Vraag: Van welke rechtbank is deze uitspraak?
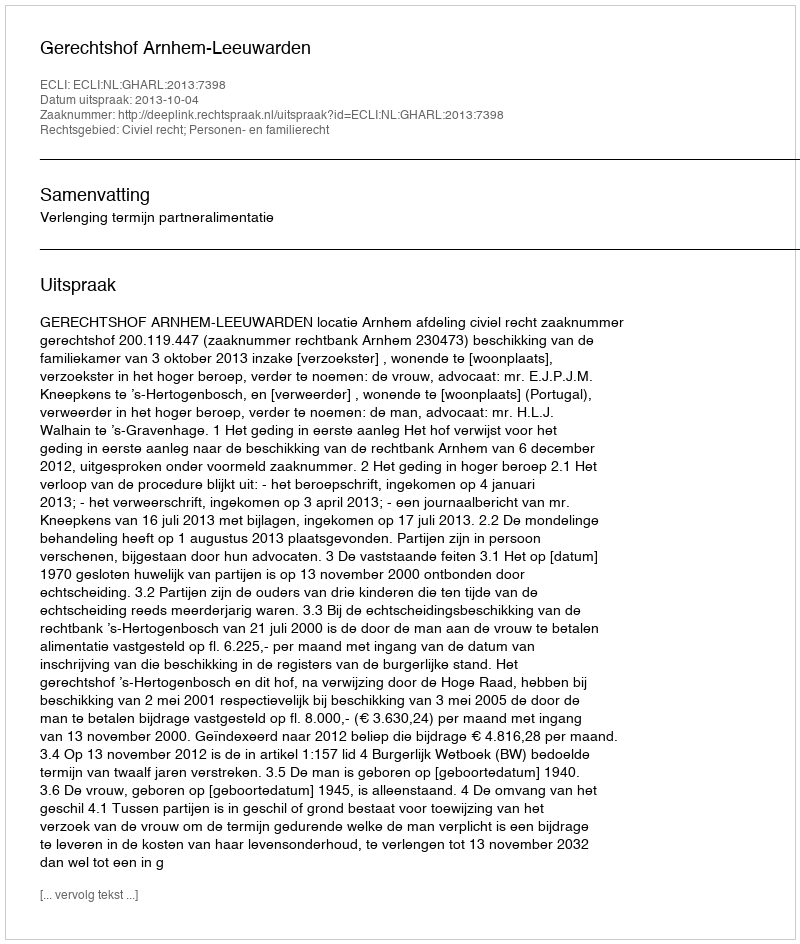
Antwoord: Gerechtshof Arnhem-Leeuwarden